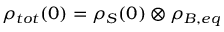
\rho _ { t o t } ( 0 ) = \rho _ { S } ( 0 ) \otimes \rho _ { B , e q }